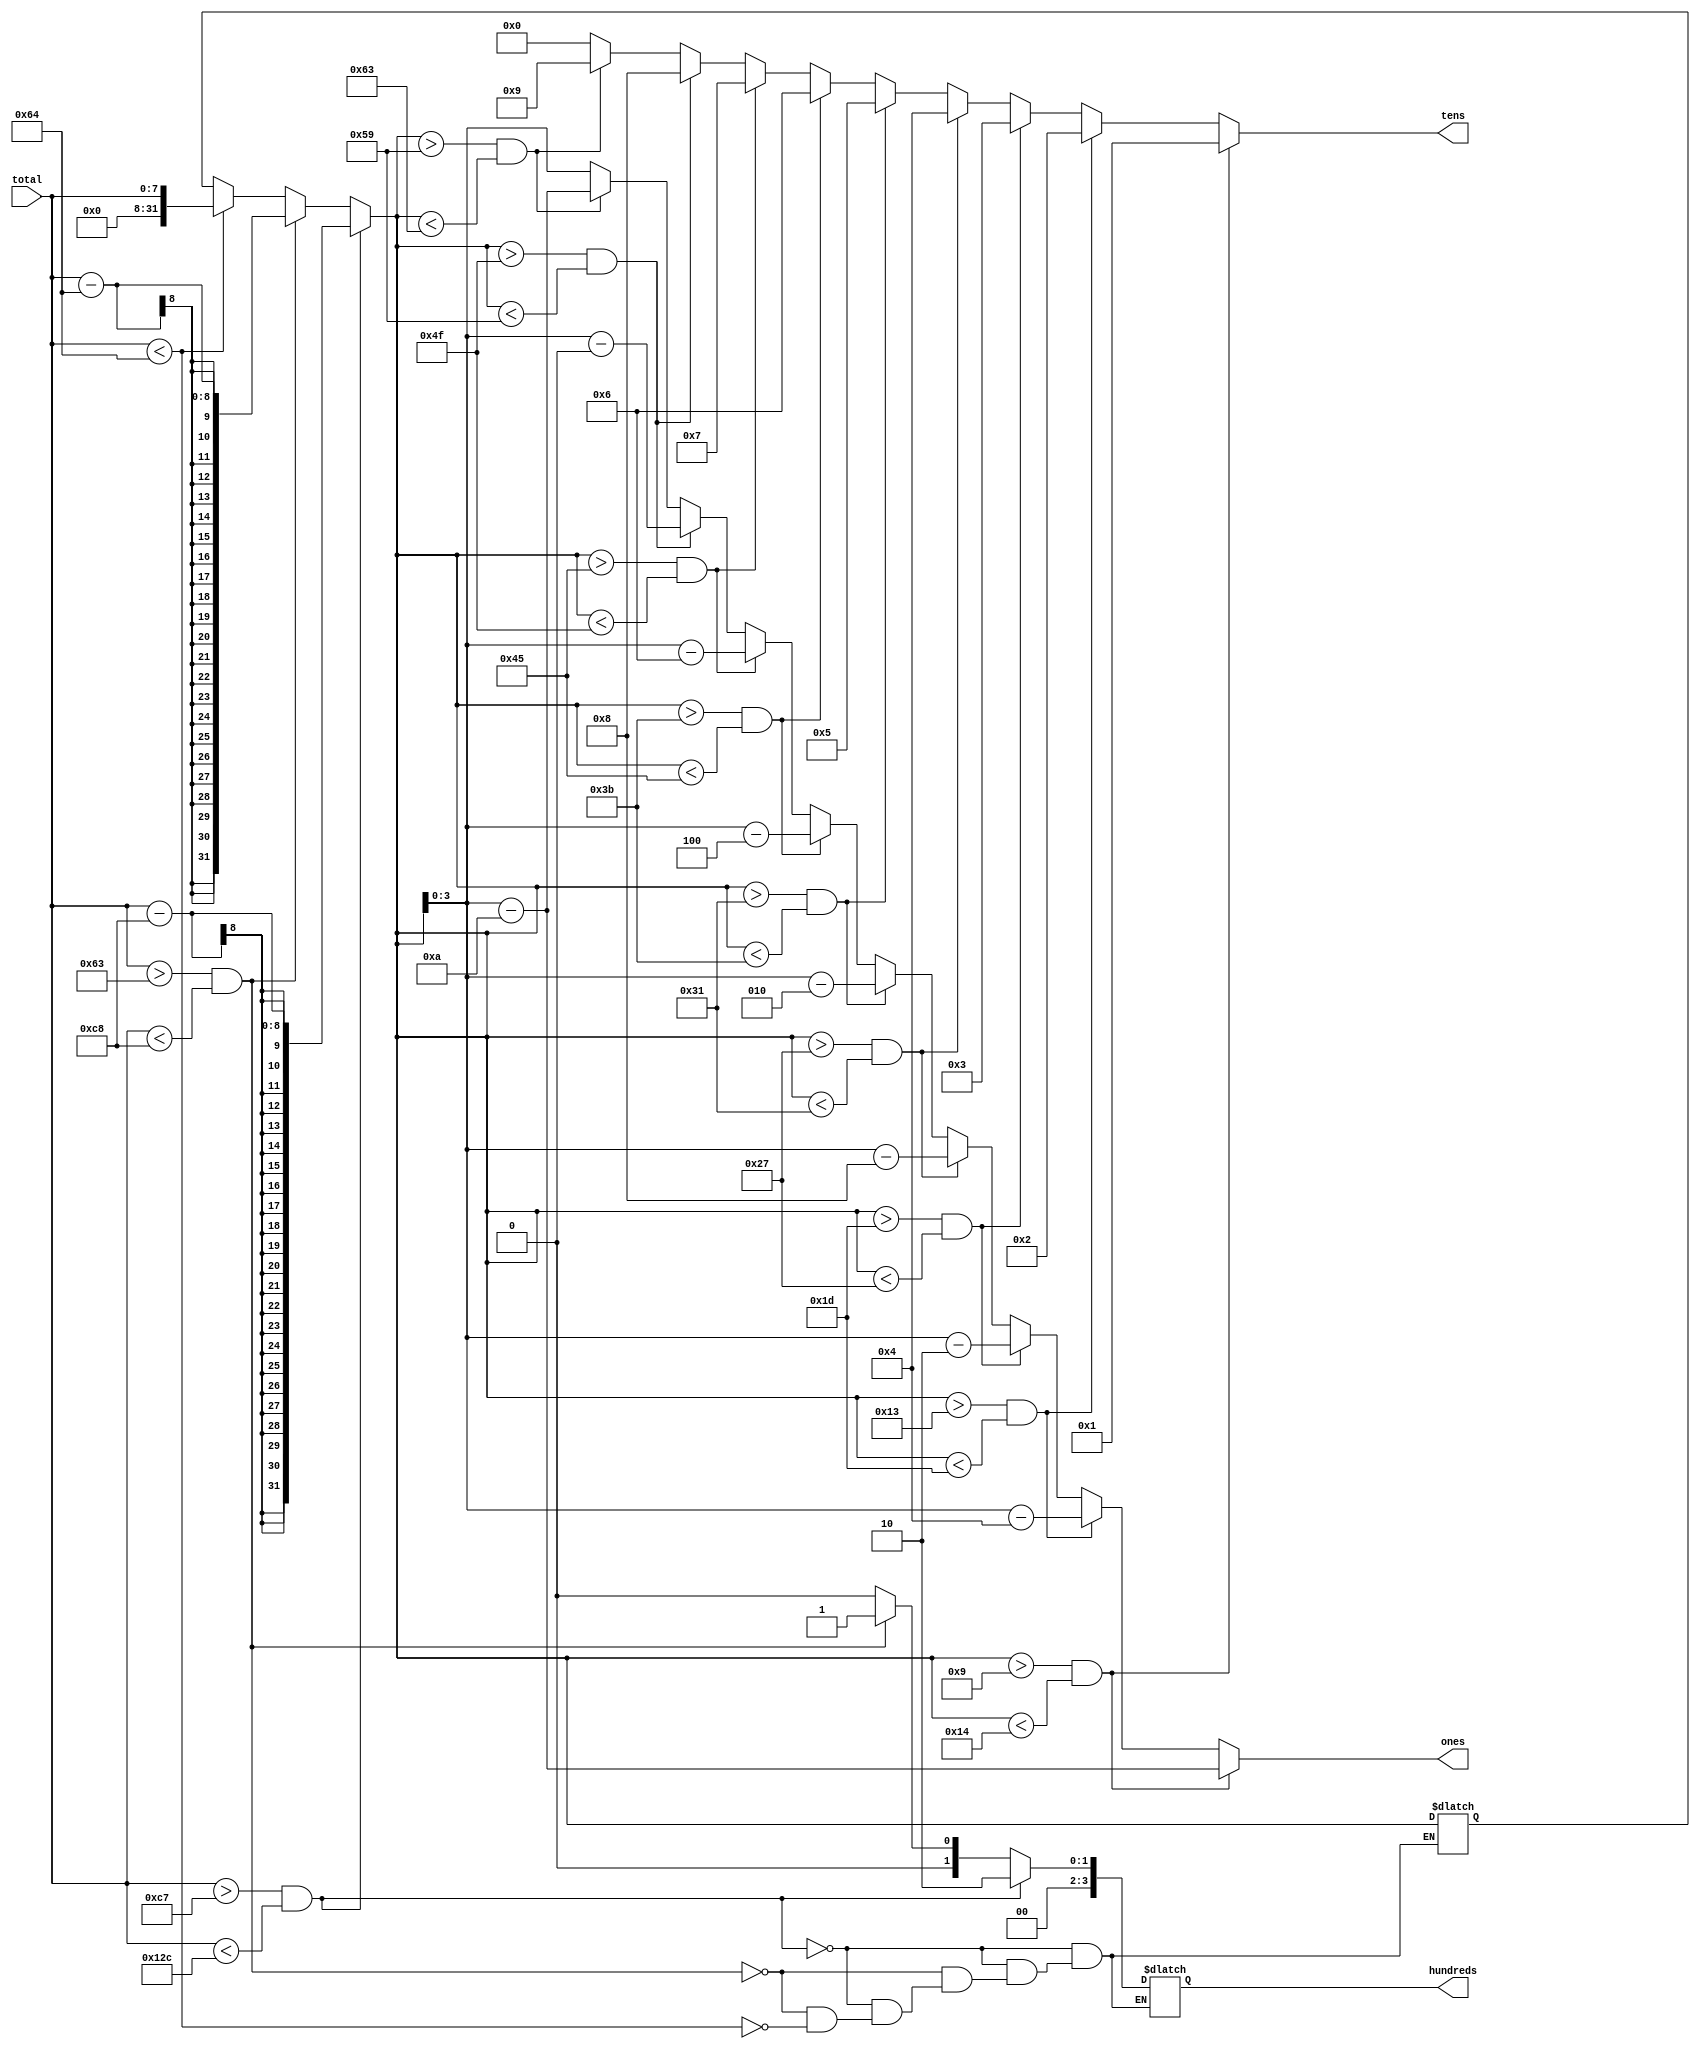
`timescale 1ns / 1ps

module place_check(input [7:0] total, output reg [3:0] ones, tens, hundreds);

integer holder;

always @ (*)
    begin
        if ((total > 199) && (total < 300))
        begin
            hundreds = 2; holder = total - 200;
        end
        else if ((total > 99) && (total < 200))
        begin
            hundreds = 1; holder = total - 100;
        end
        else if (total < 100)
        begin
            hundreds = 0; holder = total;
        end

        if ((holder > 9) && (holder < 20))
        begin
            tens = 1; ones = holder - 10;
        end
        else if ((holder > 19) && (holder < 29)) 
        begin
            tens = 2; ones = holder - 20;
        end
        else if ((holder > 29) && (holder < 39)) 
        begin
            tens = 3; ones = holder - 30;
        end
        else if ((holder > 39) && (holder < 49)) 
        begin
            tens = 4; ones = holder - 40;
        end
        else if ((holder > 49) && (holder < 59)) 
        begin
            tens = 5; ones = holder - 50;
        end
        else if ((holder > 59) && (holder < 69)) 
        begin
            tens = 6; ones = holder - 60;
        end
        else if ((holder > 69) && (holder < 79)) 
        begin
            tens = 7; ones = holder - 70;
        end
        else if ((holder > 79) && (holder < 89)) 
        begin
            tens = 8; ones = holder - 80;
        end
        else if ((holder > 89) && (holder < 99)) 
        begin
            tens = 9; ones = holder - 90;
        end
        else
        begin
            tens = 0; ones = holder;
        end
    end
endmodule